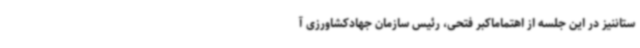
ستاننیز در این جلسه از اهتماماکبر فتحی، رئیس سازمان جهادکشاورزی آ